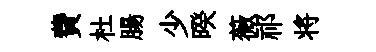
費杜腸少暌薇祁将